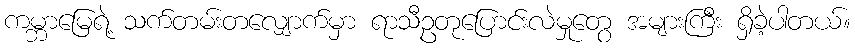
ကမ္ဘာမြေရဲ့ သက်တမ်းတလျှောက်မှာ ရာသီဥတုပြောင်းလဲမှုတွေ အများကြီး ရှိခဲ့ပါတယ်။